Report of an investigation of the epidemic of malarial fever in Assam, or, kala-azar
Disease focus: Malaria
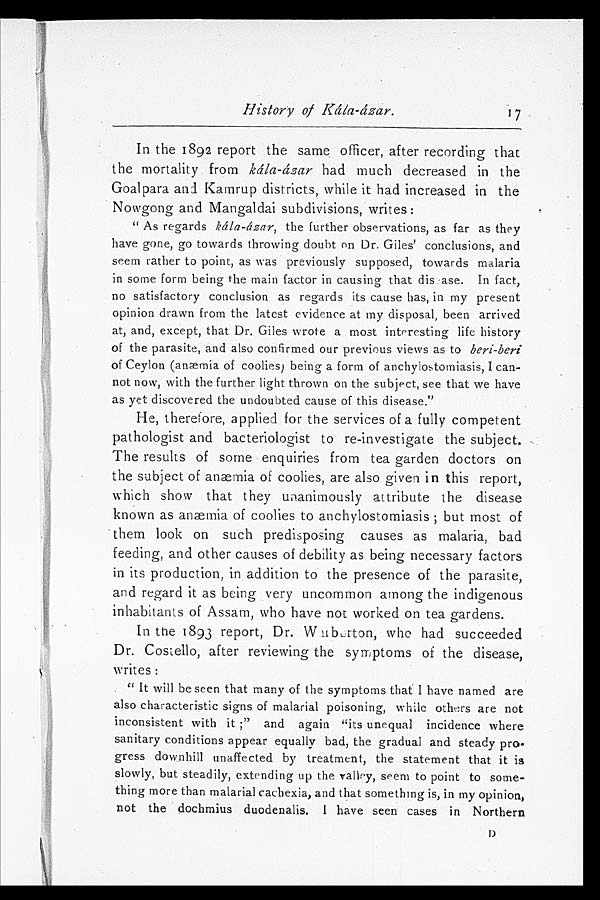
History of Kála-ázar.
In the 1892 report the same officer, after recording that
the mortality from kála-ázar had much decreased in the
Goalpara and Kamrup districts, while it had increased in the
Nowgong and Mangaldai subdivisions, writes:
" As regards kála-ázar, the further observations, as far as they
have gone, go towards throwing doubt on Dr. Giles' conclusions, and
seem rather to point, as was previously supposed, towards malaria
in some form being the main factor in causing that disease. In fact,
no satisfactory conclusion as regards its cause has, in my present
opinion drawn from the latest evidence at my disposal, been arrived
at, and, except, that Dr. Giles wrote a most interesting life history
of the parasite, and also confirmed our previous views as to beri-beri
of Ceylon (anæmia of coolies) being a form of anchylostomiasis, I can-
not now, with the further light thrown on the subject, see that we have
as yet discovered the undoubted cause of this disease."
He, therefore, applied for the services of a fully competent
pathologist and bacteriologist to re-investigate the subject.
The results of some enquiries from tea garden doctors on
the subject of anæmia of coolies, are also given in this report,
which show that they unanimously attribute the disease
known as anæmia of coolies to anchylostomiasis; but most of
them look on such predisposing causes as malaria, bad
feeding, and other causes of debility as being necessary factors
in its production, in addition to the presence of the parasite,
and regard it as being very uncommon among the indigenous
inhabitants of Assam, who have not worked on tea gardens.
In the 1893 report, Dr. Warburton, who had succeeded
Dr. Costello, after reviewing the symptoms of the disease,
writes:
" It will be seen that many of the symptoms that I have named are
also characteristic signs of malarial poisoning, while others are not
inconsistent with it;" and again "its unequal incidence where
sanitary conditions appear equally bad, the gradual and steady pro
-gress downhill unaffected by treatment, the statement that it is
slowly, but steadily, extending up the valley, seem to point to some-
thing more than malarial cachexia, and that something is, in my opinion,
not the dochmius duodenalis. I have seen cases in Northern